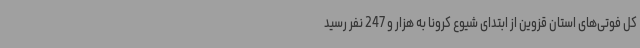
کل فوتی‌های استان قزوین از ابتدای شیوع کرونا به هزار و 247 نفر رسید